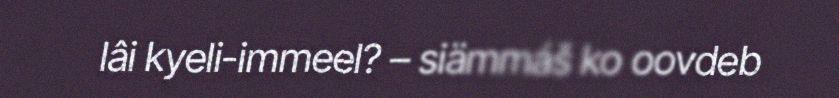
lâi kyeli-immeel? – siämmáš ko oovdeb